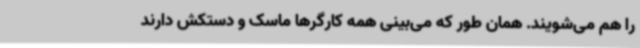
را هم می‌شویند. همان طور که می‌بینی همه کارگرها ماسک و دستکش دارند